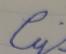
Signature authenticity: forged